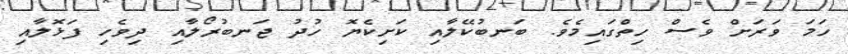
ހަމަ ވަރަށް ވެސް ހިތްގައިމެވެ. ބަނބުކޭލާއި ކަށިކެޔޮ ހުުދު ޖަނބުރޯލާއި ދިވެހި ފަޅޮލާއި